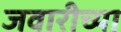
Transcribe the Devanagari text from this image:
जवारीच्या